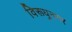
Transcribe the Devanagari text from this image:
विरूधुनगर